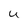
Character: U